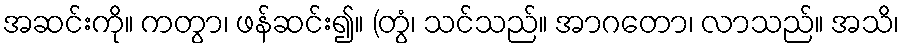
အဆင်းကို။ ကတွာ၊ ဖန်ဆင်း၍။ (တွံ၊ သင်သည်။ အာဂတော၊ လာသည်။ အသိ၊